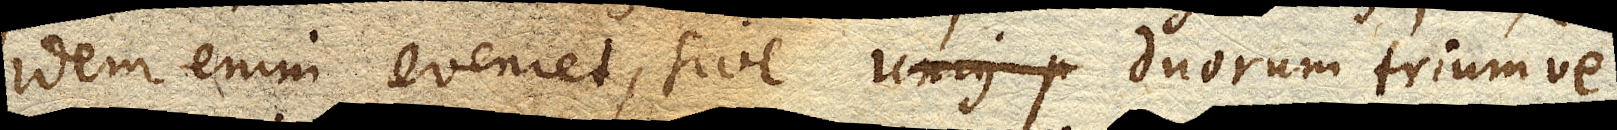
idem enim eveniet, sive unius p duorum triumve